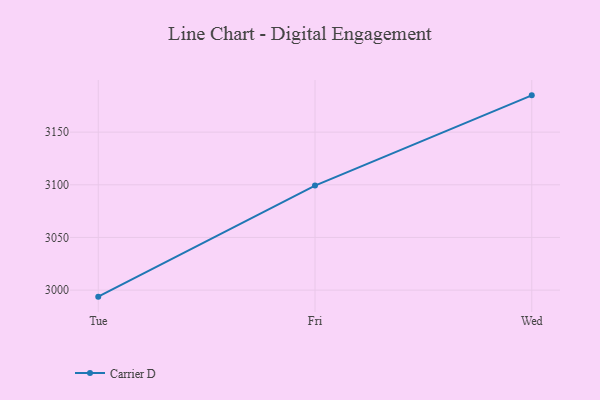
{"axis": {"x": "Day", "y": "Headcount"}, "legend": ["Carrier D"], "data": [{"x": "Tue", "y": 2993.8, "type": "Carrier D"}, {"x": "Fri", "y": 3099.2, "type": "Carrier D"}, {"x": "Wed", "y": 3184.9, "type": "Carrier D"}]}